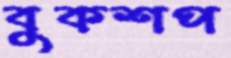
বুকশপ